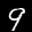
Label: 9